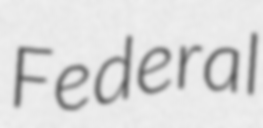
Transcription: Federal